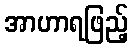
အာဟာရဖြည့်